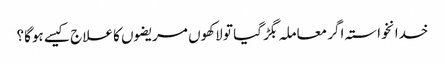
خدانخواستہ اگر معاملہ بگڑ گیا تو لاکھوں مریضوں کا علاج کیسے ہوگا؟